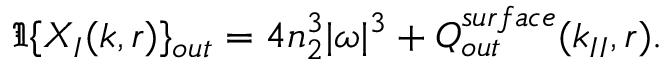
\Im \{ X _ { I } ( k , r ) \} _ { o u t } = 4 n _ { 2 } ^ { 3 } | \omega | ^ { 3 } + Q _ { o u t } ^ { s u r f a c e } ( k _ { I I } , r ) .